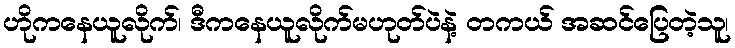
ဟိုကနေယူလိုက်၊ ဒီကနေယူလိုက်မဟုတ်ပဲနဲ့ တကယ် အဆင်ပြေတဲ့သူ၊